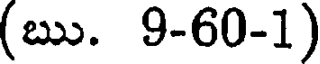
(ఋ. 9-60-1)